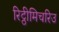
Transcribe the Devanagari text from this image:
रिट्ठीमिचरिउ